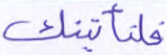
فلنأتينك